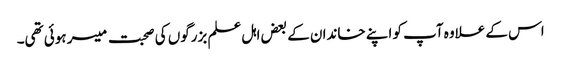
اس کے علاوہ آپ کو اپنے خاندان کے بعض اہل علم بزرگوں کی صحبت میسر ہوئی تھی۔